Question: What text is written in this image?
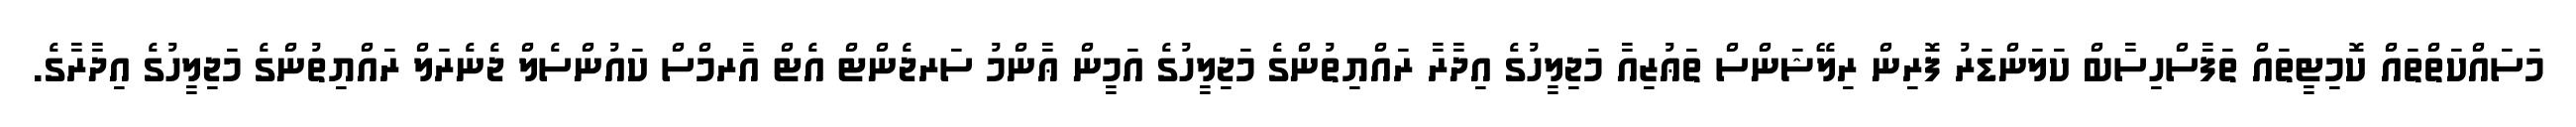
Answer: މަސައްކަތްތައް ކޮމިޓީތައް ތަފާސްހިސާބް ކަލަންޑަރު ފޮރިން ރިލޭޝަންސް ތަޢުޒިއާ މަޖިލީހުގެ އިދާރާ ރައްޔިތުންގެ މަޖިލީހުގެ އަމީން ޢާންމު ސަރޖެންޓް އެޓް އާރމްސް ކައުންސެލް ޖެނެރަލް ރައްޔިތުންގެ މަޖިލީހުގެ އިދާރާގެ.